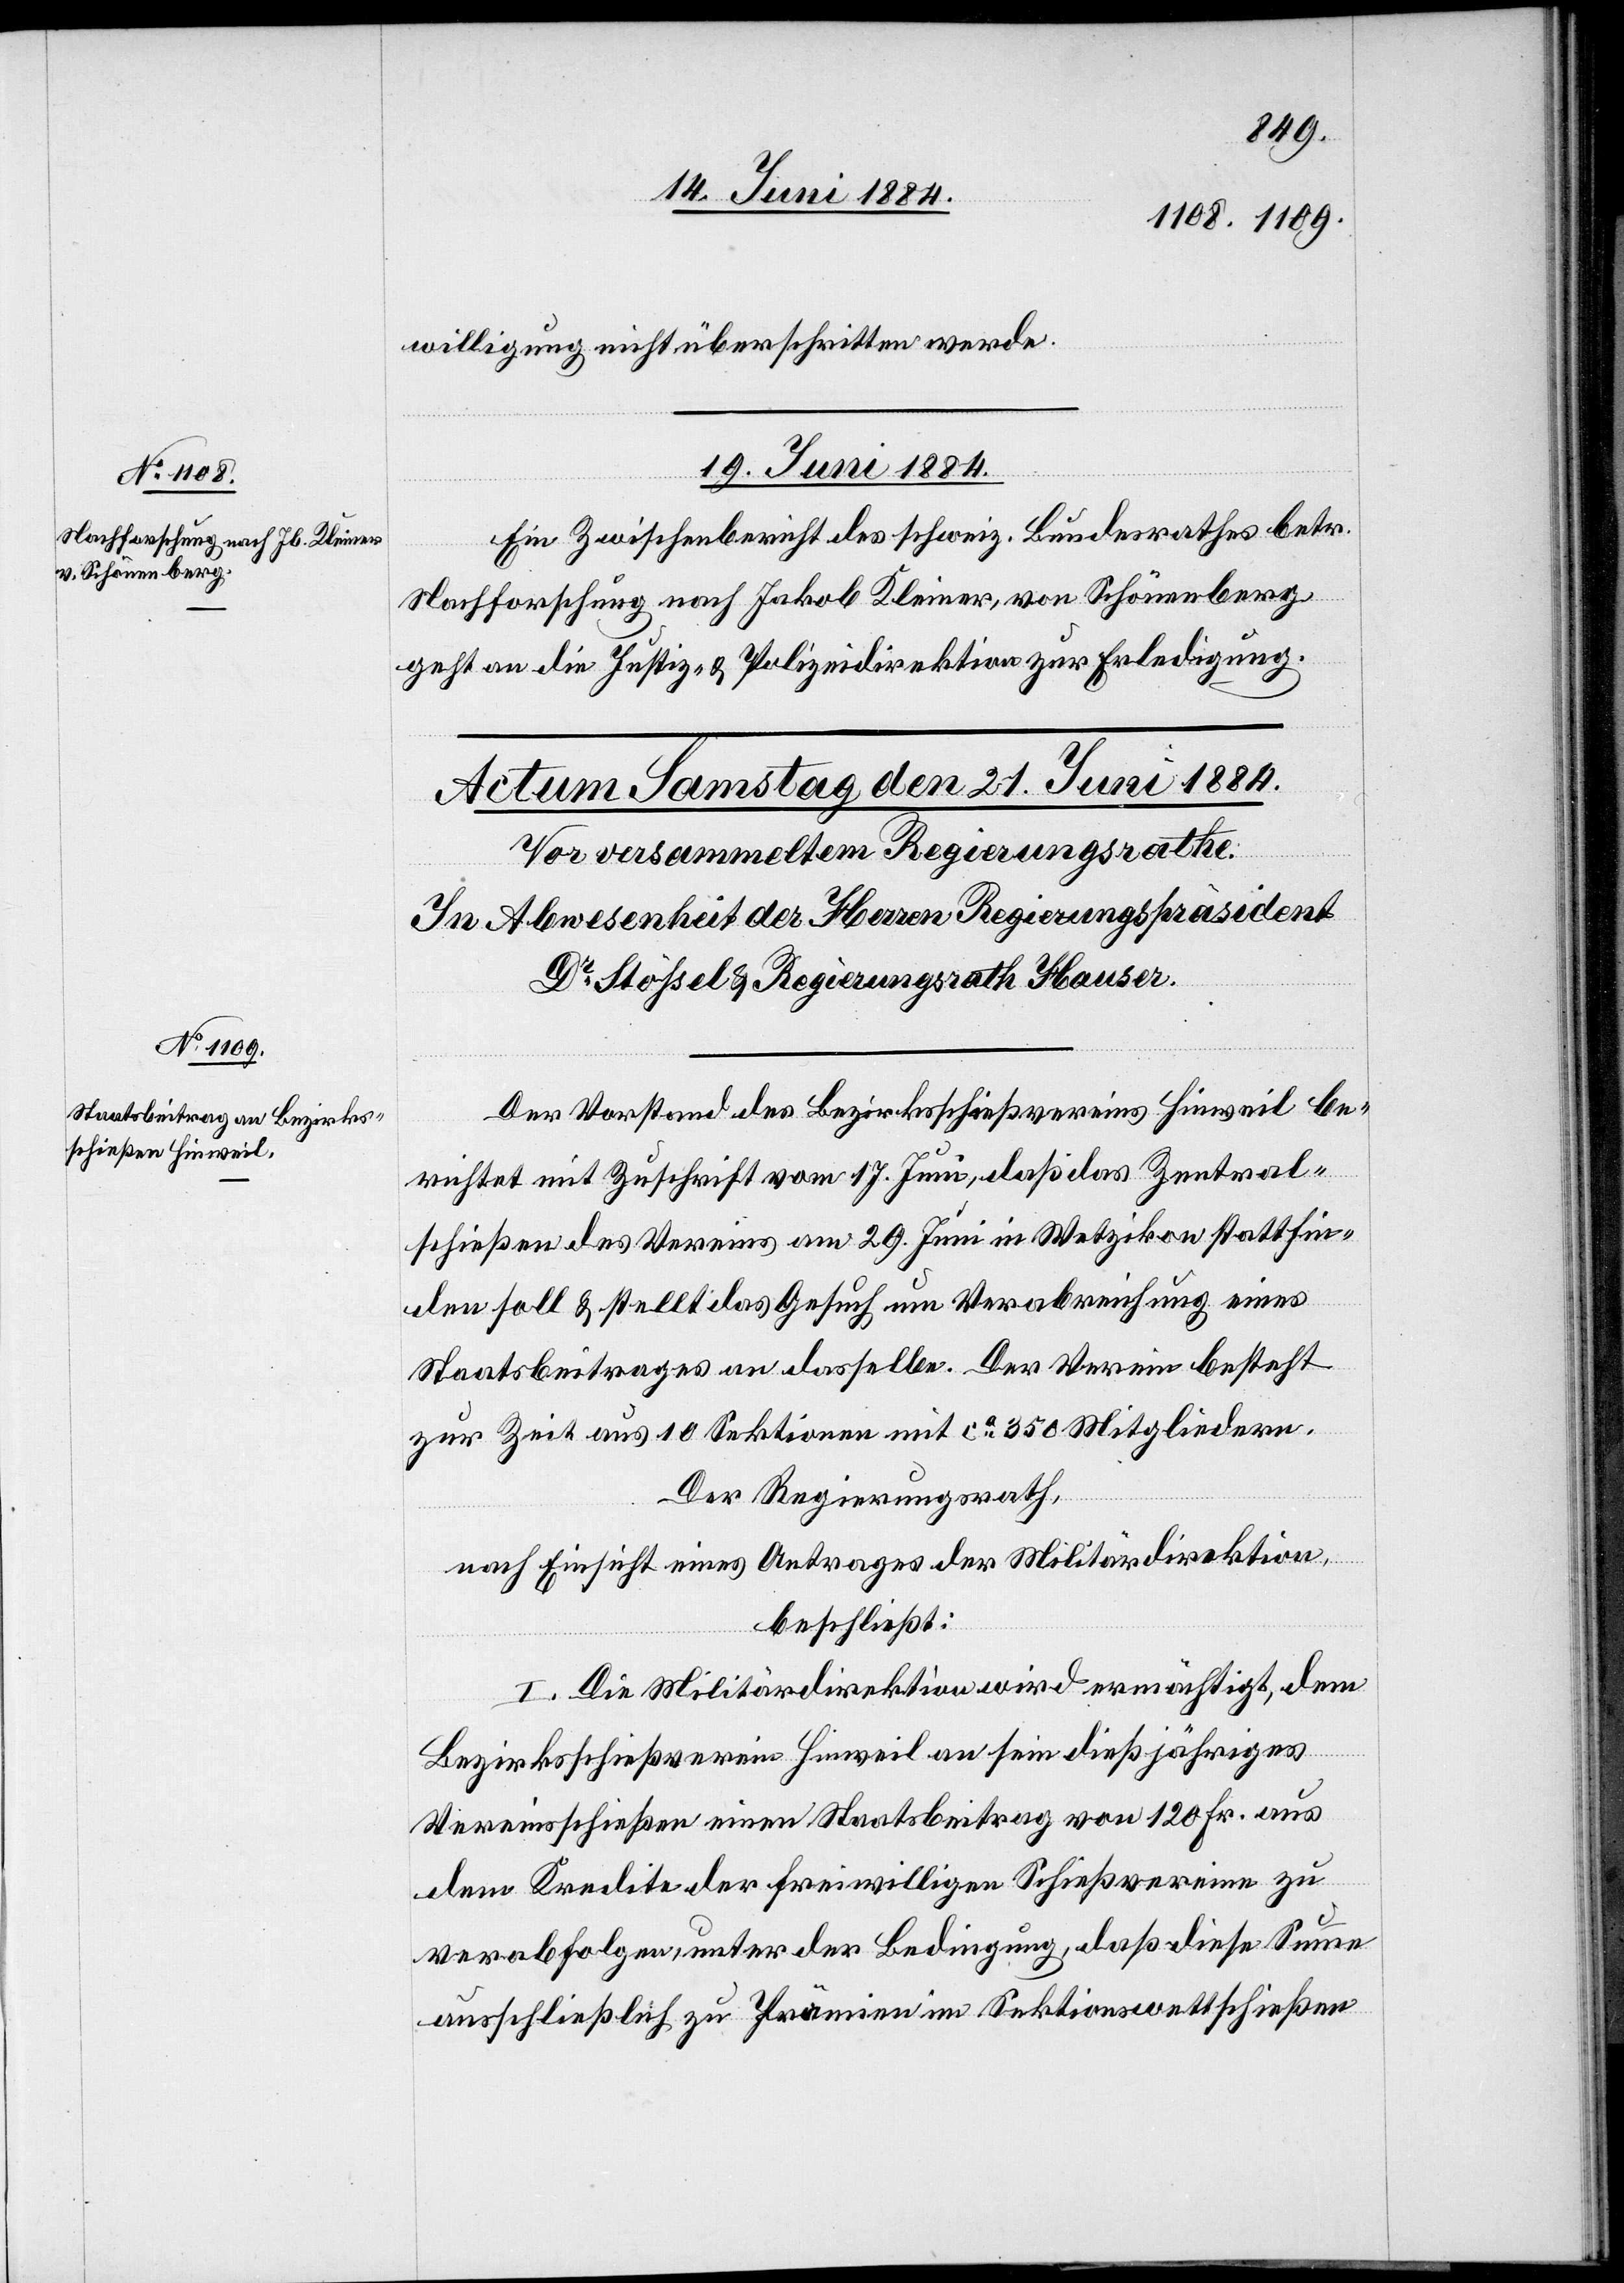
willigung nicht überschritten werde.
19. Juni 1884.
Ein Zwischenbericht des schweiz. Bundesrathes betr.
Nachforschung nach Jakob Kleiner, von Schönenberg
geht an die Justiz- & Polizeidirektion zur Erledigung.
Der Vorstand des Bezirksschießvereins Hinweil be¬
richtet mit Zuschrift vom 17. Juni, daß das Zentral¬
schießen des Vereins am 29. Juni in Wetzikon stattfin¬
den soll & stellt das Gesuch um Verabreichung eines
Staatsbeitrages an dasselbe. Der Verein besteht
zur Zeit aus 10 Sektionen mit ca 350 Mitgliedern.
Der Regierungsrath,
nach Einsicht eines Antrages der Militärdirektion,
beschließt:
I. Die Militärdirektion wird ermächtigt, dem
Bezirksschießverein Hinweil an sein dießjähriges
Vereinsschießen einen Staatsbeitrag von 120 Fr. aus
dem Kredite der freiwilligen Schießvereine zu
verabfolgen, unter der Bedingung, daß diese Summe
ausschließlich zu Prämien im Sektionswettschießen